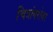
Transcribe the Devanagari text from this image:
चित्रांबरोबर